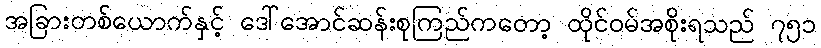
အခြားတစ်ယောက်နှင့် ဒေါ်အောင်ဆန်းစုကြည်ကတော့ ထိုင်ဝမ်အစိုးရသည် ၇၅၁